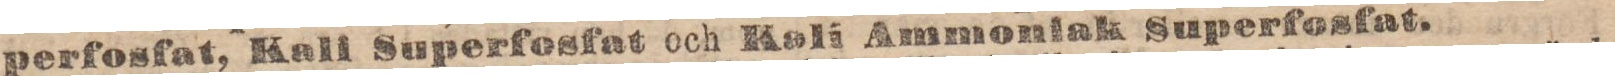
perfosfat, Kall Superfosfat och Kali Ammonlak Superfosfat.